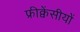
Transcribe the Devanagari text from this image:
फ्रीक्वेंसीयों